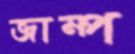
জাম্প